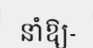
នាំឱ្យ-